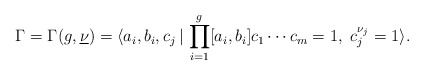
\begin{align*}\Gamma=\Gamma(g,\underline{\nu})=\langle a_i, b_i, c_j\,|\, \prod_{i=1}^g [a_i,b_i] c_1 \cdots c_m =1, \ c_j^{\nu_j}=1 \rangle.\end{align*}